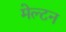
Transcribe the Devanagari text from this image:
मेल्टन